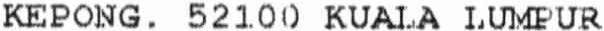
KEPONG. 52100 KUALA LUMPUR